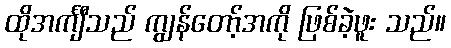
ထိုအင်္ကျီသည် ကျွန်တော့်အကို ဖြစ်ခဲ့ဖူး သည်။